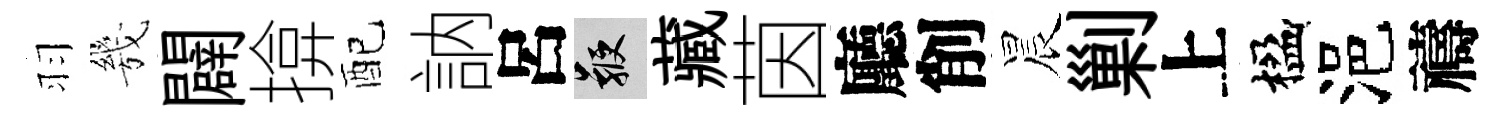
羽㡬闢揜配訥呂鞭藏茵廳削晨剿上楹浥禱